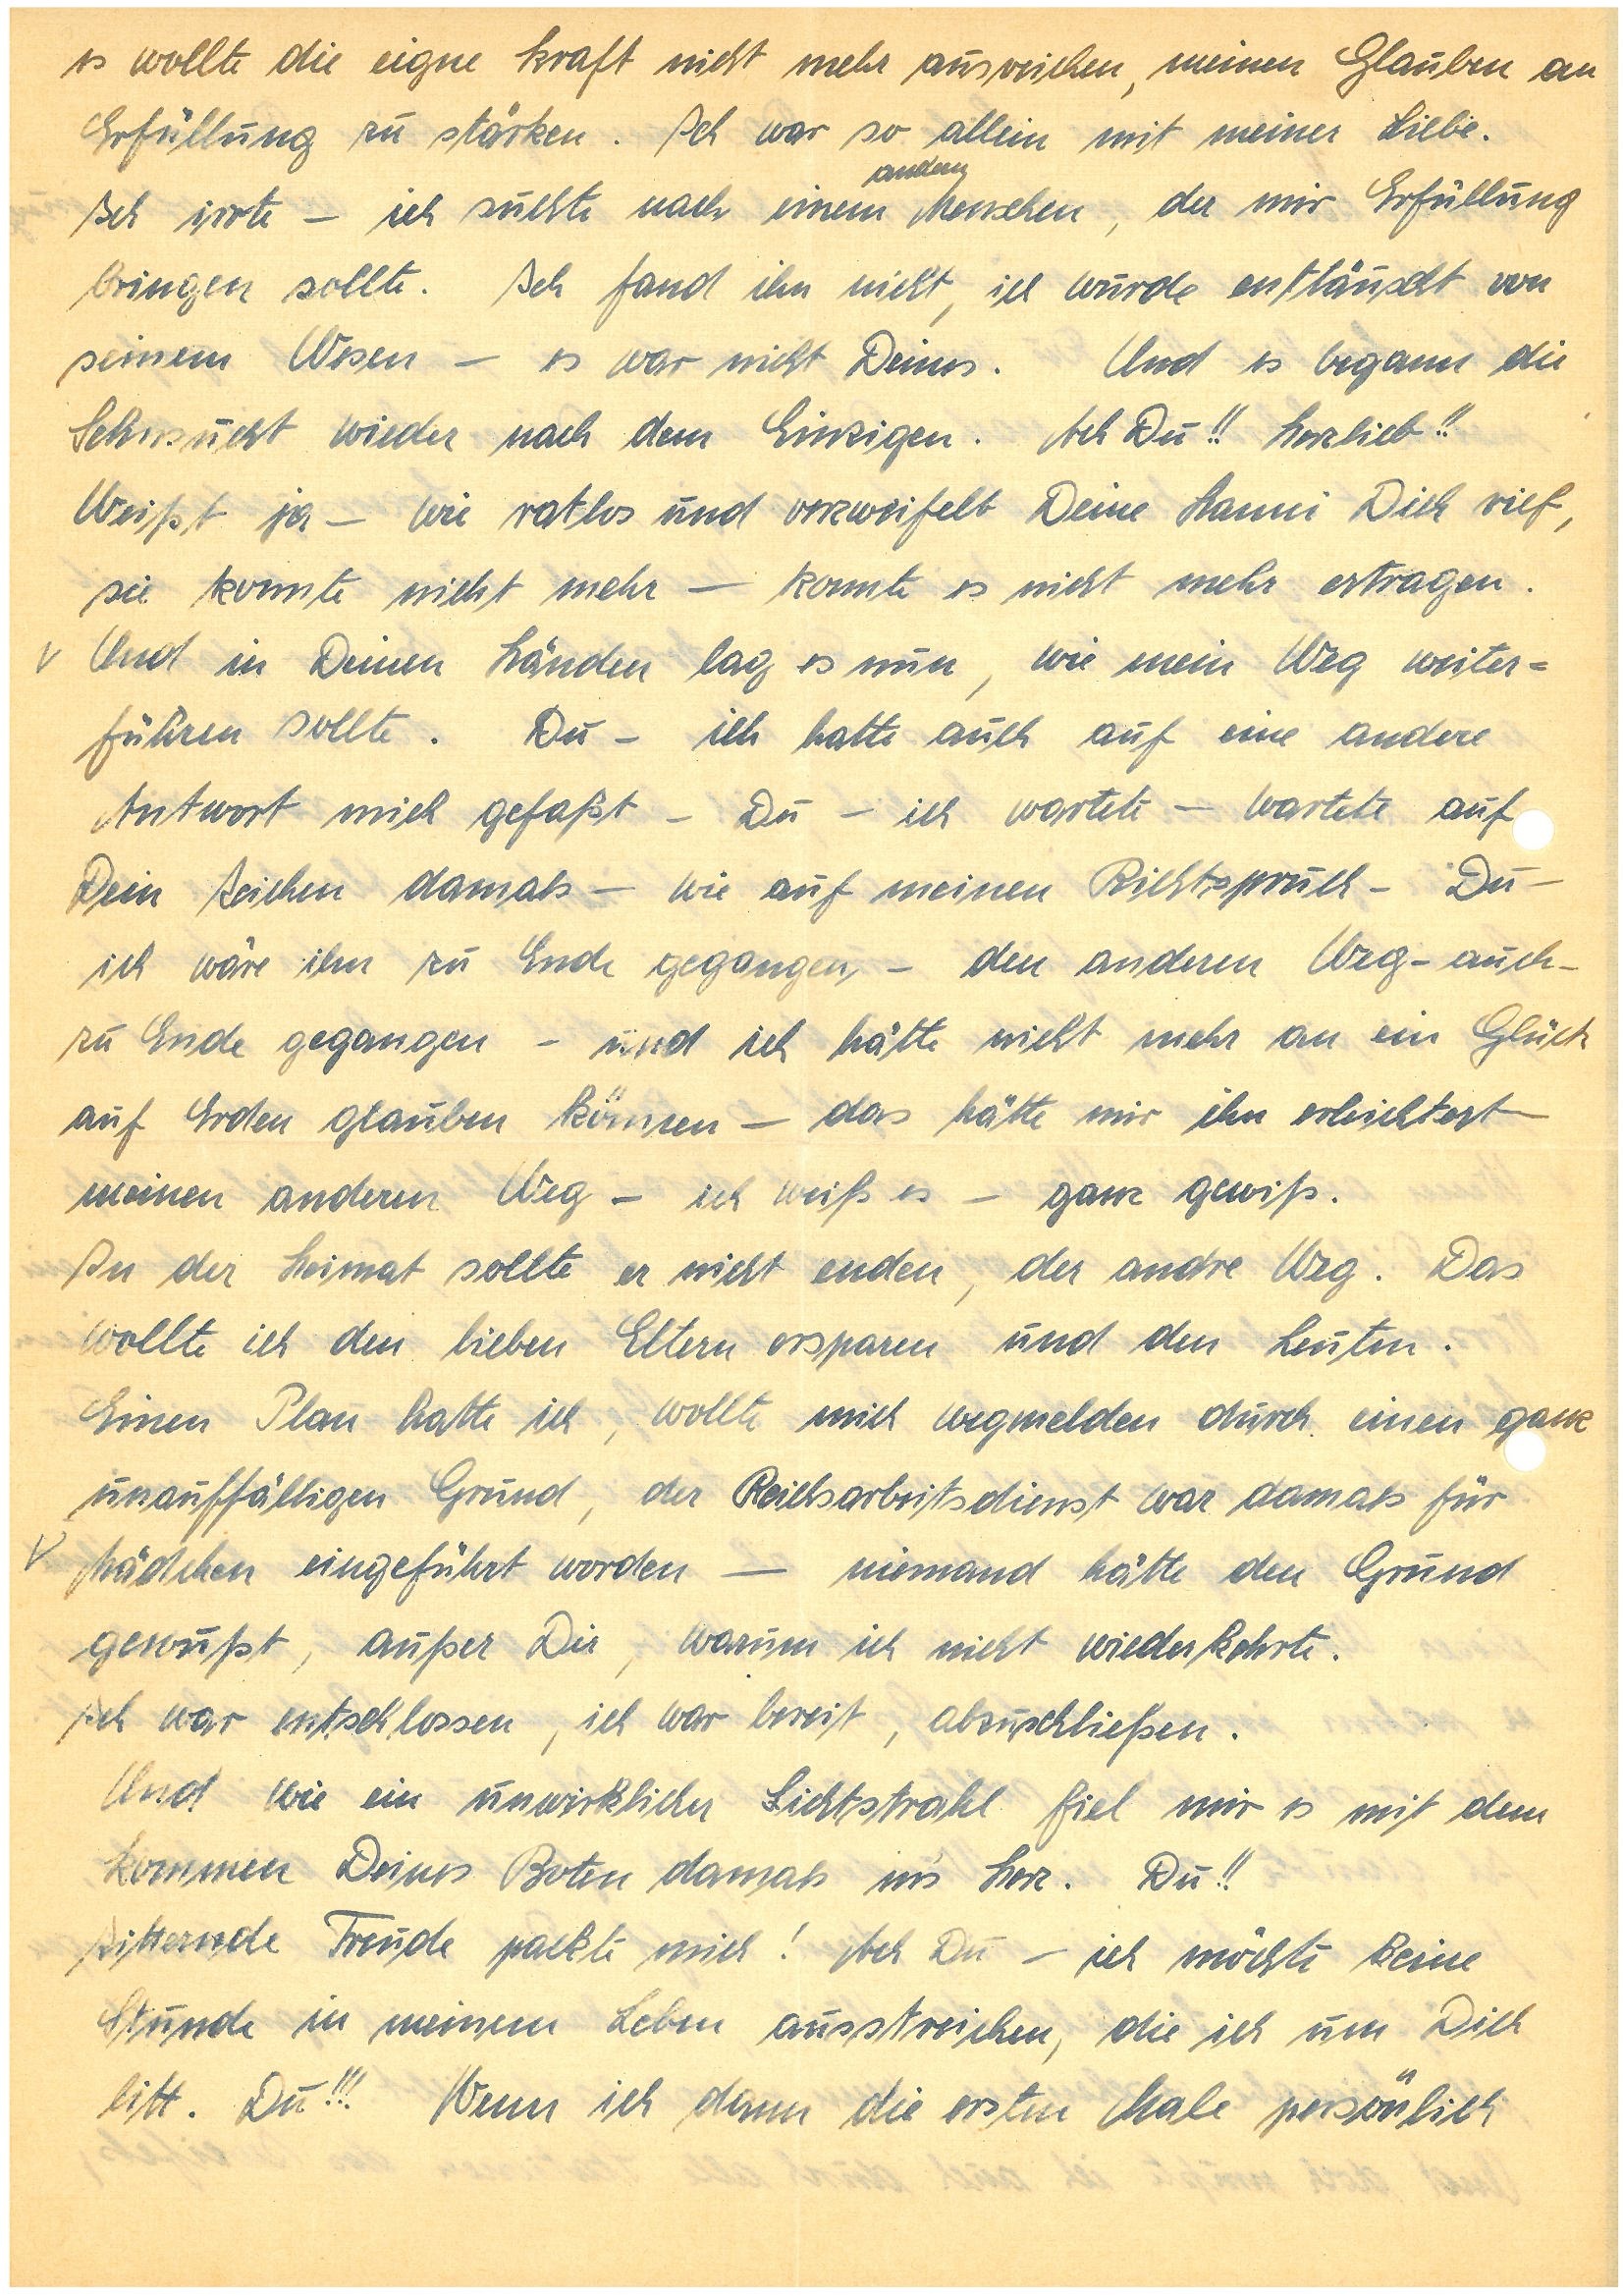
es wollte die eigne Kraft nicht mehr ausreichen, meinen Glauben an
Erfüllung zu stärken. Ich war so allein mit meiner Liebe.
andern
Ich irrte – ich suchte nach einem Menschen, der mir Erfüllung
bringen sollte. Ich fand ihn nicht, ich wurde enttäuscht von
seinem Wesen – es war nicht Deines. Und es begann die
Sehnsucht wieder nach dem Einzigen. Ach Du!! Herzlieb!!
Weißt ja – wie ratlos und verzweifelt Deine  Dich rief,
sie konnte nicht mehr – konnte es nicht mehr ertragen.
Und in Deinen Händen lag es nun, wie mein Weg weiter¬
führen sollte. Du – ich hatte auch auf eine andere
Antwort mich gefaßt – Du – ich wartete – wartete auf
Dein Zeichen damals – wie auf meinen Richterspruch – Du –
ich wäre ihn zu Ende gegangen, – den anderen Weg – auch –
zu Ende gegangen – und ich hätte nicht mehr an ein Glück
auf Erden glauben können – das hätte mir ihn erleichtert –
meinen anderen Weg – ich weiß es – ganz gewiß.
In der Heimat sollte er nicht enden, der andere Weg. Das
wollte ich den lieben Eltern ersparen und den Leuten.
Einen Plan hatte ich, wollte mich wegmelden durch einen ganz
unauffälligen Grund, der Reichsarbeitsdienst war damals für
Mädchen eingeführt worden – niemand hätte den Grund
gewußt, außer Dir, warum ich nicht wiederkehrte.
Ich war entschlossen, ich war bereit, abzuschließen.
Und wie ein unwirklicher Lichtstrahl fiel mir es mit dem
Kommen Deines Boten damals in’s Herz. Du!!
Zitternde Freude packte mich! Ach Du – ich möchte keine
Stunde in meinem Leben ausstreichen, die ich um Dich
litt. Du!!! Wenn ich dann die ersten Male persönlich